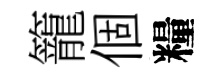
籠個糧